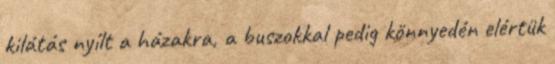
kilátás nyílt a házakra, a buszokkal pedig könnyedén elértük